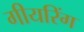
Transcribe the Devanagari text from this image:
गीयरिंग